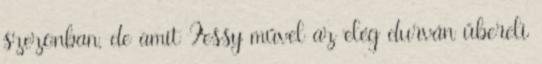
szezonban, de amit Fessy művel az elég durván űbereli